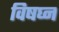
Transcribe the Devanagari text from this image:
विषघ्न